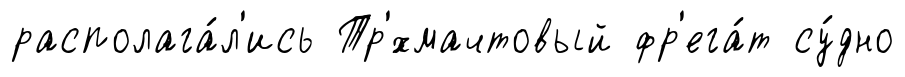
располага́л'ись Тр'́хмачтовый фр'ега́т су́дно